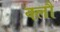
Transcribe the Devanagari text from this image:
क्लौ